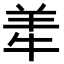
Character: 𬙮